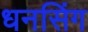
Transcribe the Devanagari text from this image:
धनसिंग